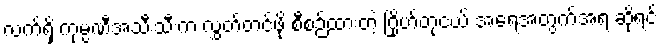
လက်ရှိ ကုမ္ပဏီအသီးသီးက လွှတ်တင်ဖို့ စီစဉ်ထားတဲ့ ဂြိုဟ်တုငယ် အရေအတွက်အရ ဆိုရင်